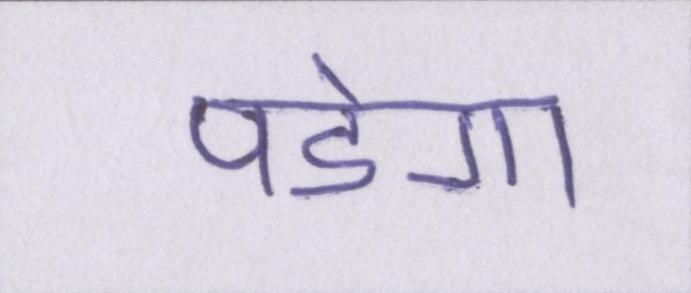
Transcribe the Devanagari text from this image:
पडेगा